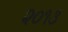
૨૦૧૩